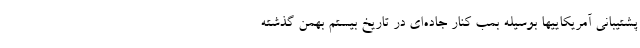
پشتیبانی آمریکاییها بوسیله بمب کنار جاده‌ای در تاریخ بیستم بهمن گذشته